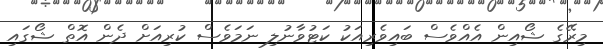
މިރޭގެ ޝޯއިން އެއްވެސް ބައިވެރިއަކު ކަޓުވާނުލި ނަމަވެސް ކުރިއަށް ދެން އޮތް ޝޯގައި